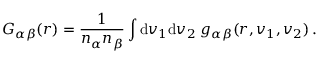
G _ { \alpha \beta } ( \boldsymbol { r } ) = \frac { 1 } { n _ { \alpha } n _ { \beta } } \int \mathrm { d } \boldsymbol { v } _ { 1 } \mathrm { d } \boldsymbol { v } _ { 2 } \; g _ { \alpha \beta } ( \boldsymbol { r } , \boldsymbol { v } _ { 1 } , \boldsymbol { v } _ { 2 } ) \, .